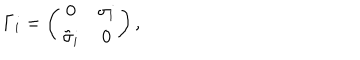
\Gamma _ { i } = \left( \begin{array} { c c } { { 0 } } & { { \sigma _ { i } } } \\ { { { \tilde { \sigma } } _ { i } } } & { { 0 } } \\ \end{array} \right) ,